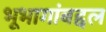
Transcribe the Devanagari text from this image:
भूभागांबद्दल